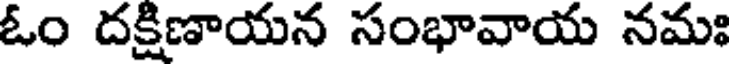
ఓం దక్షిణాయన సంభావాయ నమః